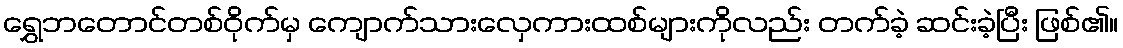
ရွှေဘတောင်တစ်ဝိုက်မှ ကျောက်သားလှေကားထစ်များကိုလည်း တက်ခဲ့ ဆင်းခဲ့ပြီး ဖြစ်၏။